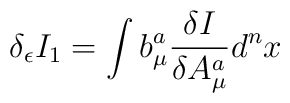
\delta_\epsilon I_1 =  \int b^{a}_{\mu}\frac{\delta I}{\delta A^{a}_{\mu}} d^n x